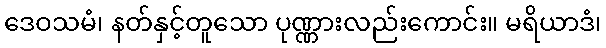
ဒေဝသမံ၊ နတ်နှင့်တူသော ပုဏ္ဏားလည်းကောင်း။ မရိယာဒံ၊